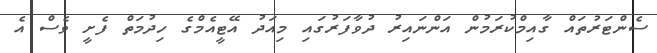
ސެންޓަރުތައް ގާއިމްކުރަމުން އަންނައިރު ދުވާފަރުގައި މިއަދު އޭޓީއެމްގެ ހިދުމަތް ފެށީ ވެސް އެ